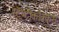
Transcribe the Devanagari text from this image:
स्ट्रेप्टोकोक्कस